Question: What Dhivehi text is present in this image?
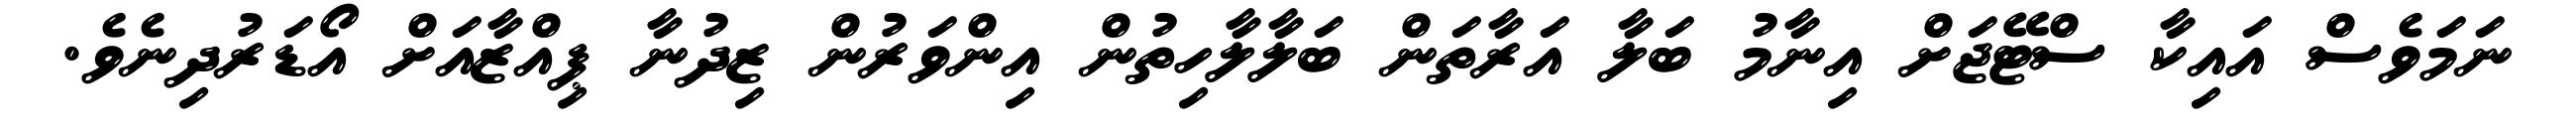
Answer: ނަމަވެސް އައިކާ ސްޓޭޖަށް އިނާމު ބަލާ އަރާތަން ބަލާލާހިތުން އިންވަރުން ޒިދުނާ ޕިއްޒާއަށް އޯޑަރުދިނެވެ.